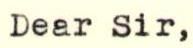
Dear Sir,